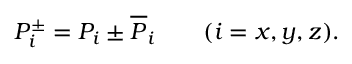
P _ { i } ^ { \pm } = P _ { i } \pm \overline { { { P } } } _ { i } \qquad ( i = x , y , z ) .